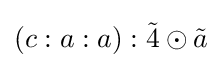
(c:a:a):{\tilde {4}}\odot {\tilde {a}}